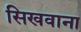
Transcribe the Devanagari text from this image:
सिखवाना